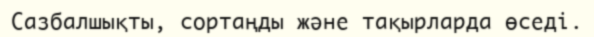
Сазбалшықты, сортаңды және тақырларда өседі.